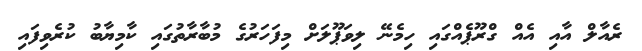
ރެއާލް އާއި އެއް ގްރޫޕެއްގައި ހިމެނޭ ލިވަޕޫލަށް މިފަހަރުގެ މުބާރާތުގައި ކާމިޔާބު ކުރެވިފައި